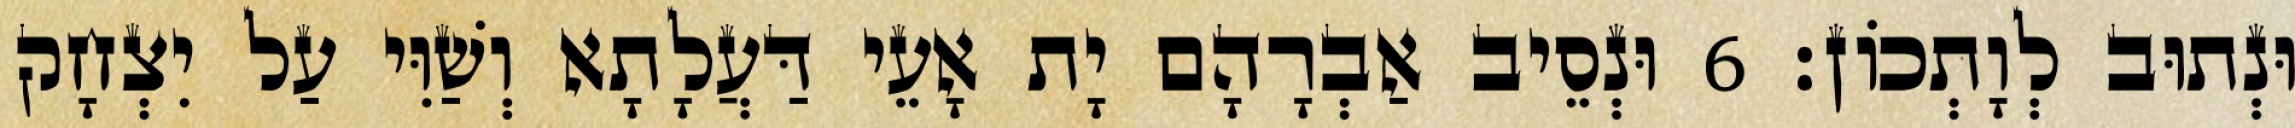
וּנְתוּב לְוָתְכוֹן׃ 6 וּנְסֵיב אַבְרָהָם יָת אָעֵי דַּעֲלָתָא וְשַׁוִּי עַל יִצְחָק